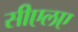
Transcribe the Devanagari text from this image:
सीएलए